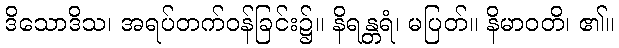
ဒိသောဒိသ၊ အရပ်တက်ဝန်ခြင်း၌။ နိရန္တရံ၊ မပြတ်။ နိမာဝတိ၊ ၏။